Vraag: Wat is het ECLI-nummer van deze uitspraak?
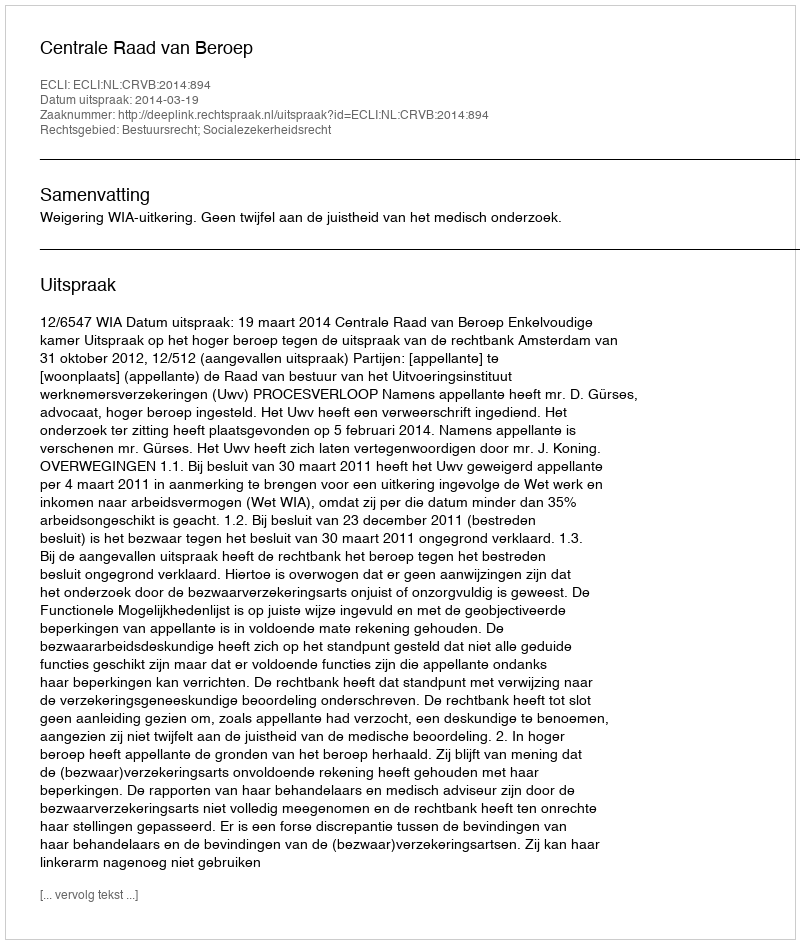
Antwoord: ECLI:NL:CRVB:2014:894